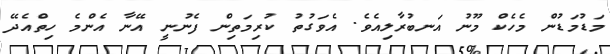
މަޑުމަޑުން މެހެކް މޫނު އަނބުރާލިއެވެ. އެވަގުތު ކުރިމަތިން ފެނުނީ އޭނާ އެންމެ ހިތްއެދޭ